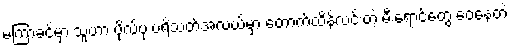
မကြာခင်မှာ သူဟာ ဗိုလ်ပုံ ပရိသတ်အလယ်မှာ တောက်ထိန်လင်းတဲ့ မီးရောင်တွေ ဝေနေတဲ့